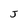
Character: J